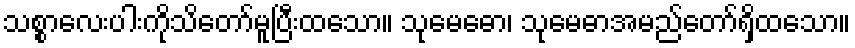
သစ္စာလေးပါးကိုသိတော်မူပြီးထသော။ သုမေဓော၊ သုမေဓာအမည်တော်ရှိထသော။